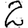
Digit: 2